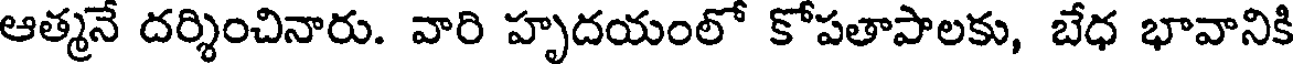
ఆత్మనే దర్శించినారు. వారి హృదయంలో కోపతాపాలకు, బేధ భావానికి